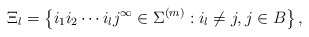
\begin{align*} \Xi_{l}=\left\{i_{1}i_{2}\cdots i_{l}j^{\infty}\in\Sigma^{(m)}: i_{l}\neq j, j\in B\right\},\end{align*}